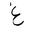
Letter: _gayn